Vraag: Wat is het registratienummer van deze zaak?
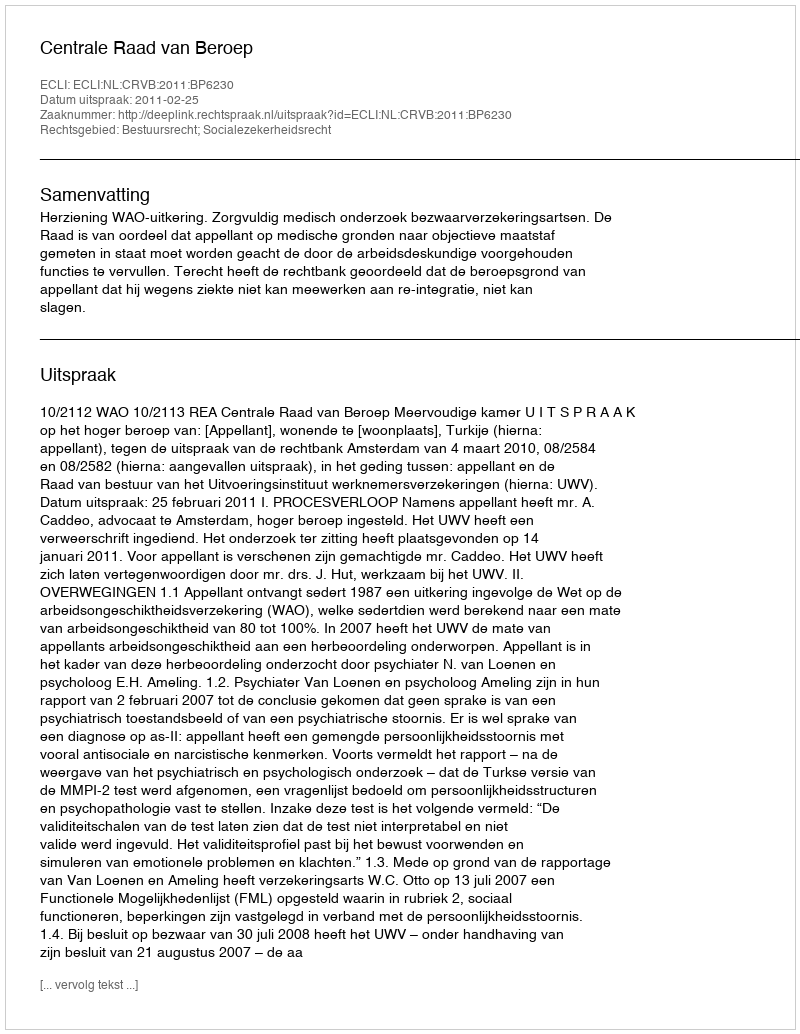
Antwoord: http://deeplink.rechtspraak.nl/uitspraak?id=ECLI:NL:CRVB:2011:BP6230